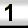
Digit: 1